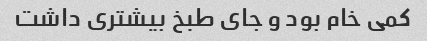
کمی خام بود و جای طبخ بیشتری داشت